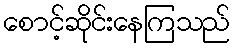
စောင့်ဆိုင်းနေကြသည်